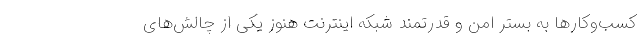
کسب‌و‌کارها به بستر امن و قدرتمند شبکه اینترنت هنوز یکی از چالش‌های